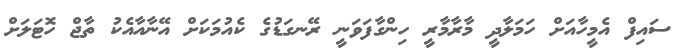
ސައިފް އެމީހާއަށް ހަމަލާދީ މާރާމާރީ ހިންގާފަވަނީ ރޭނގަޑުގެ ކެއުމަކަށް އޭނާއާއެކު ތާޖް ހޮޓަލަށް